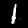
Digit: 1